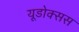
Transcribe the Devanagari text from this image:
यूडोक्सस